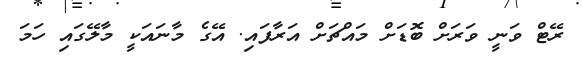
ރޭޓް ވަނީ ވަރަށް ބޮޑަށް މައްޗަށް އަރާފައި. އޭގެ މާނައަކީ މާލޭގައި ހަމަ